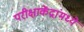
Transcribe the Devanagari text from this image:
परीक्षाकेंद्रांमध्ये